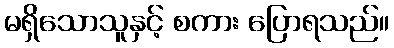
မရှိသောသူနှင့် စကား ပြောရသည်။